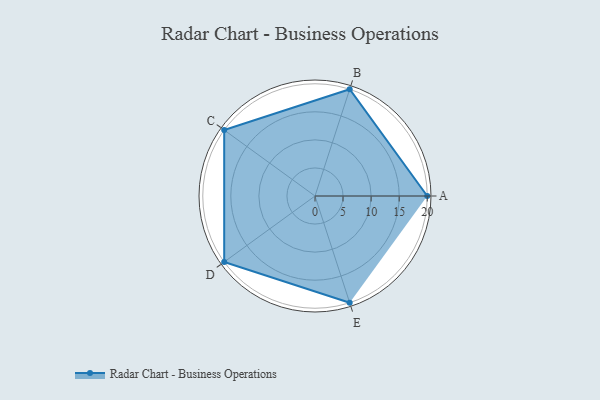
{"axis": {"x": "Skill", "y": "Score"}, "legend": ["Profile"], "data": [{"x": "A", "y": 20, "type": "Profile"}, {"x": "B", "y": 20, "type": "Profile"}, {"x": "C", "y": 20, "type": "Profile"}, {"x": "D", "y": 20, "type": "Profile"}, {"x": "E", "y": 20, "type": "Profile"}]}